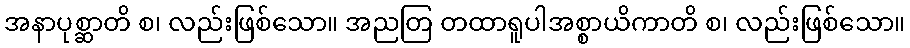
အနာပုစ္ဆာတိ စ၊ လည်းဖြစ်သော။ အညတြ တထာရူပါအစ္စာယိကာတိ စ၊ လည်းဖြစ်သော။